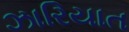
ઝારિયાત